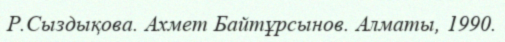
Р.Сыздықова. Ахмет Байтұрсынов. Алматы, 1990.